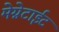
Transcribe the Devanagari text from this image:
मेग्नेटाईट